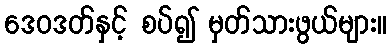
ဒေဝဒတ်နှင့် စပ်၍ မှတ်သားဖွယ်များ။